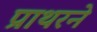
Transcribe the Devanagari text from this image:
प्राथरने